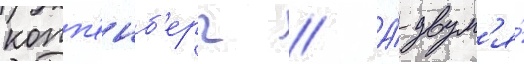
копп'енб'ерг // А́ двум'я́